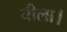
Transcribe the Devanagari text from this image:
चीला।